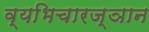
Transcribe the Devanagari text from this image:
व्यभिचारज्ञान